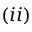
( i i )